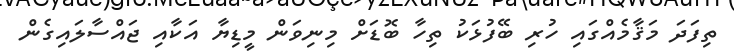
ތިފަދަ މަޤާމެއްގައި ހުރި ބޭފުޅަކު ތިހާ ބޮޑަށް މިނިވަން މީޑިޔާ އަކާއި ޖައްސާލައިގެން